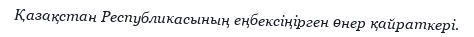
Қазақстан Республикасының еңбексіңірген өнер қайраткері.